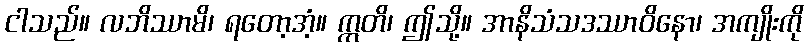
ငါသည်။ လဘိဿာမိ၊ ရတော့အံ့။ ဣတိ၊ ဤသို့။ အာနိသံသဒဿာဝိနော၊ အကျိုးကို